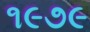
૧૯૭૯